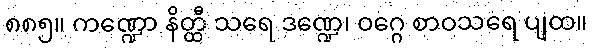
၈၈၅။ ကဏ္ဍော နိတ္ထီ သရေ ဒဏ္ဍေ၊ ဝဂ္ဂေ စာဝသရေ ပျထ။